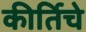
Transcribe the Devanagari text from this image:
कीर्तिचे